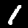
Label: 1